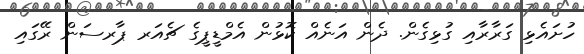
ހުށައެޅި ގަރާރާއި ގުޅިގެން. ދެން އަނެއް ކޮޅުން އެމްޑީޕީގެ ޗެއަރ ޕާރސަން ރޭގައި